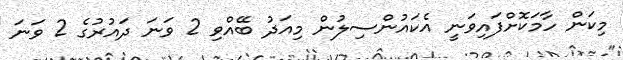
މިކަން ހާމަކޮށްފައިވަނީ އެކައުންސިލުން މިއަދު ބޭއްވި 2 ވަނަ ދައުރުގެ 2 ވަނަ